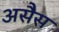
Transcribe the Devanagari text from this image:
असैस